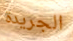
الجريدة